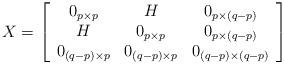
LaTeX: \begin{align*}X=\left[ \begin{array}{ccc}0_{p\times p} & H & 0_{p\times (q-p)} \\ H & 0_{p\times p} & 0_{p\times (q-p)} \\ 0_{(q-p)\times p} & 0_{(q-p)\times p} & 0_{(q-p)\times (q-p)}\end{array}\right] \end{align*}